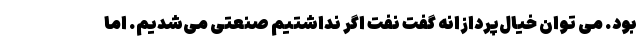
بود. می توان خیال‌پردازانه گفت نفت اگر نداشتیم صنعتی می‌شدیم. اما